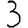
Digit: 3